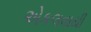
એકલવાયી